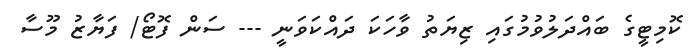
ކޮމިޓީގެ ބައްދަލުވުމުގައި ޒިޔަތު ވާހަކަ ދައްކަވަނީ --- ސަން ފޮޓޯ/ ފަޔާޒު މޫސާ